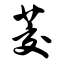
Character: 茭